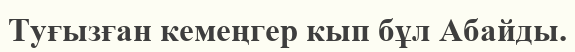
Туғызған кемеңгер кып бұл Абайды.